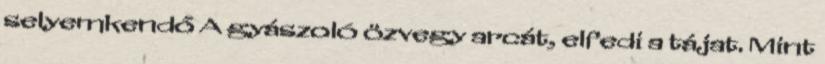
selyemkendő A gyászoló özvegy arcát, elfedi a tájat. Mint